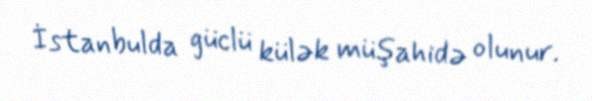
İstanbulda güclü külək müşahidə olunur.